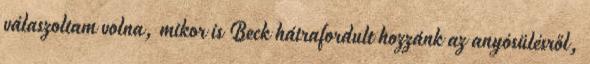
válaszoltam volna, mikor is Beck hátrafordult hozzánk az anyósülésről,